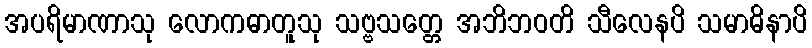
အပရိမာဏာသု လောကဓာတူသု သဗ္ဗသတ္တေ အဘိဘဝတိ သီလေနပိ သမာဓိနာပိ